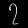
Digit: ၇